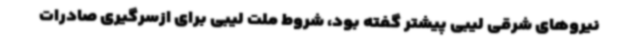
نیروهای شرقی لیبی پیشتر گفته بود، شروط ملت لیبی برای ازسرگیری صادرات